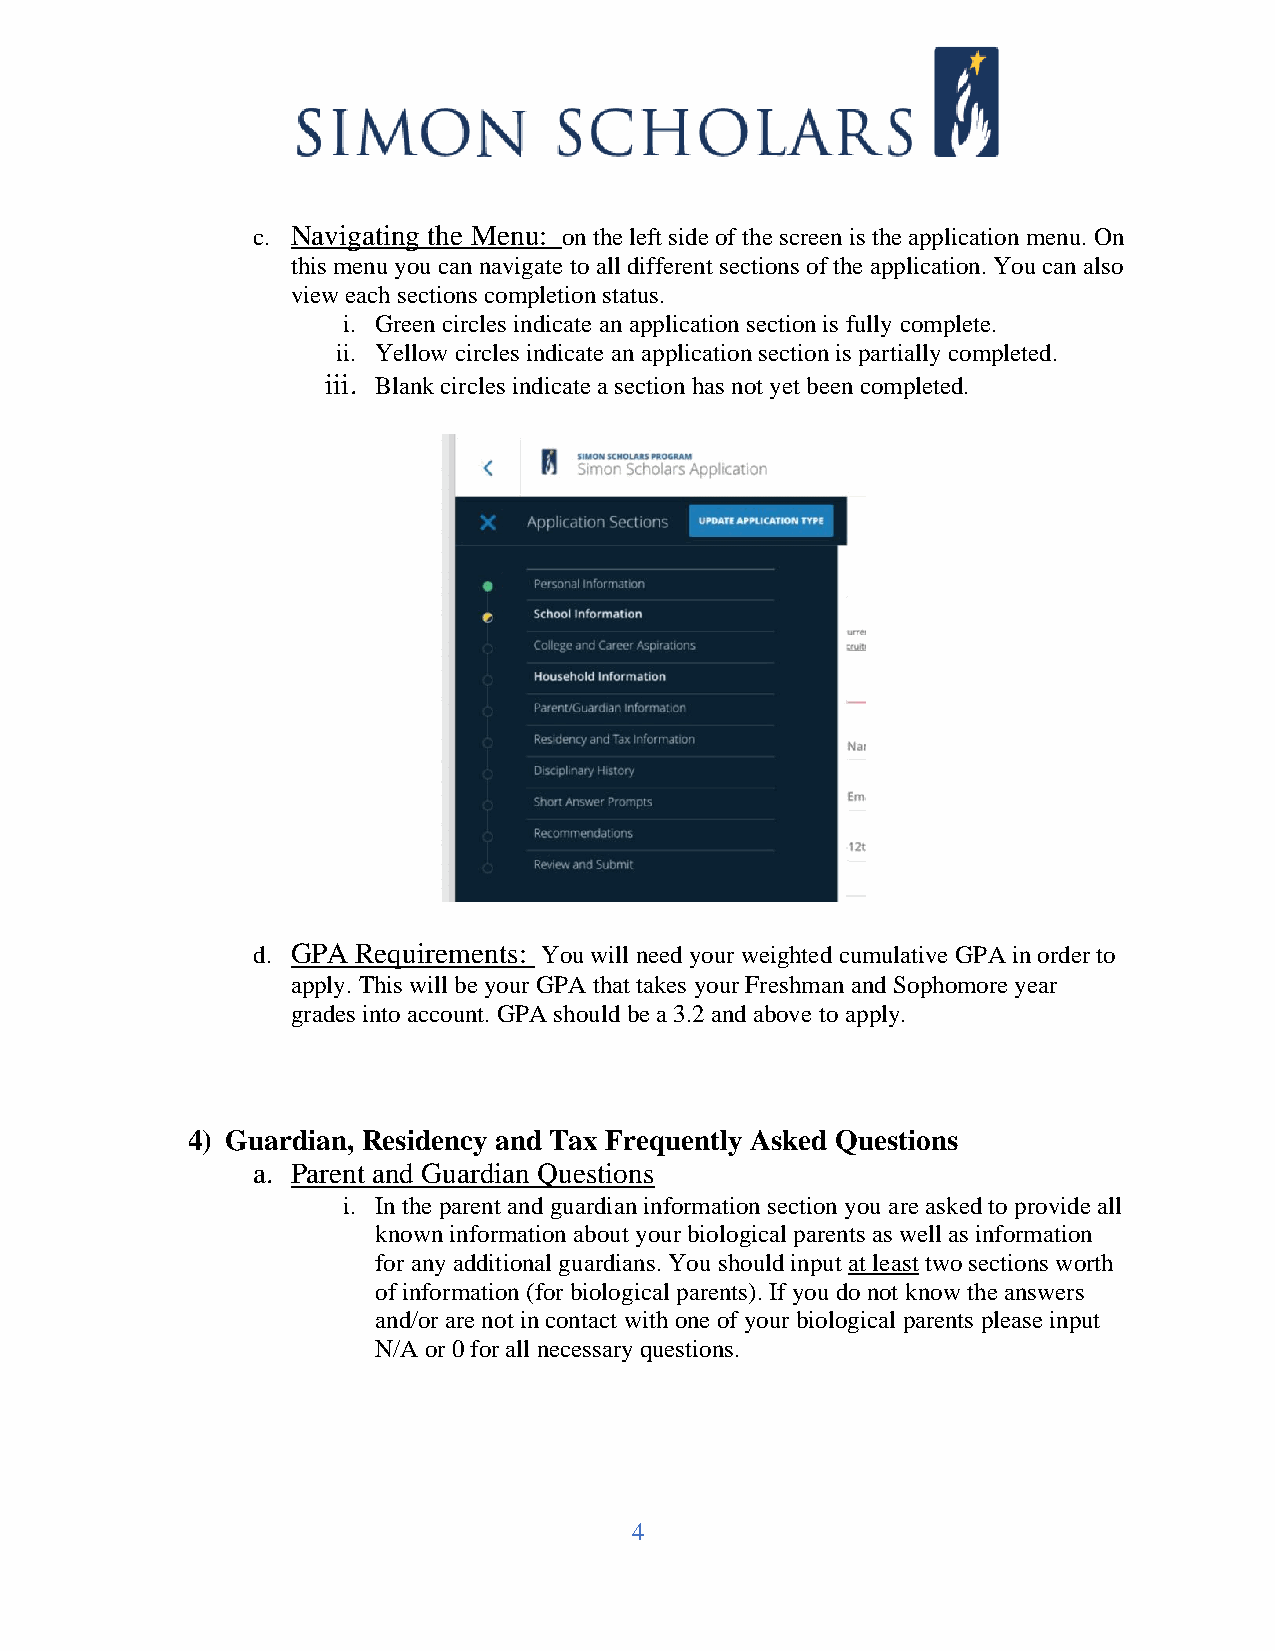
c. Navigating the Menu: on the left side of the screen is the application menu. On
 this menu you can navigate to all different sections of the application. You can also
 view each sections completion status.
 i. Green circles indicate an application section is fully complete.
 ii. Yellow circles indicate an application section is partially completed.
 iii. Blank circles indicate a section has not yet been completed.
 d. GPA Requirements: You will need your weighted cumulative GPA in order to
 apply. This will be your GPA that takes your Freshman and Sophomore year
 grades into account. GPA should be a 3.2 and above to apply.
 4) Guardian, Residency and Tax Frequently Asked Questions
 a. Parent and Guardian Questions
 i. In the parent and guardian information section you are asked to provide all
 known information about your biological parents as well as information
 for any additional guardians. You should input at least two sections worth
 of information (for biological parents). If you do not know the answers
 and/or are not in contact with one of your biological parents please input
 N/A or 0 for all necessary questions.
 4